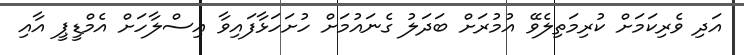
އަދި ވެރިކަމަށް ކުރިމަތިލެވޭ އުމުރަށް ބަދަލު ގެނައުމަށް ހުށަހަޅާފައިވާ އިސްލާހަަށް އެމްޑީޕީ އާއި